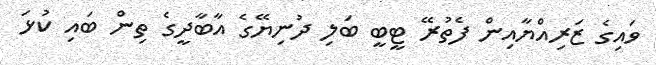
ވައިގެ ޒަރިއްޔާއިން ފެތުރޭ ޓީބީ ބަލި ދުނިޔޭގެ އާބާދީގެ ތިން ބައި ކުޅަ